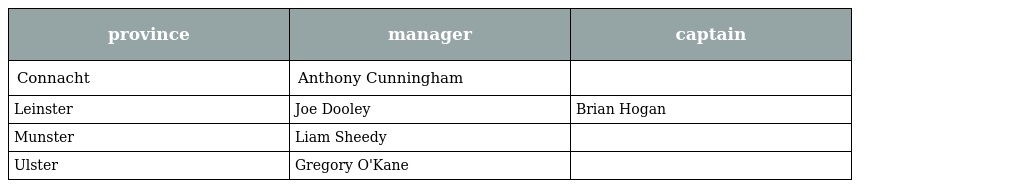
| province | manager | captain |
 | --- | --- | --- |
 | Connacht | Anthony Cunningham |  |
 | Leinster | Joe Dooley | Brian Hogan |
 | Munster | Liam Sheedy |  |
 | Ulster | Gregory O'Kane |  |